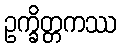
ဥက္ခိတ္တကဿ